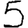
Digit: 5